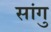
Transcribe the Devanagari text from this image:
सांगु